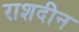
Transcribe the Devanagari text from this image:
राशदीन